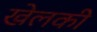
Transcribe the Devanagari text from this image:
खेलकी